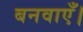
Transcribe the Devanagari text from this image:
बनवाएँ।